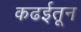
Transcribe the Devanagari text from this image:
कढईतून